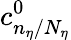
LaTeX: c_{n_{\eta}/N_{\eta}}^{0}